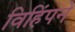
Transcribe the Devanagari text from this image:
विहिंपने